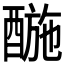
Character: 𨡪